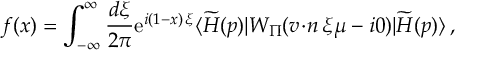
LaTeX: f ( x ) = \int _ { - \infty } ^ { \infty } \frac { d \xi } { 2 \pi } \mathrm { e } ^ { i ( 1 - x ) \, \xi } \langle \widetilde { H } ( p ) | W _ { \scriptstyle \Pi } ( { v \! \cdot \! n } \, \xi \mu - i 0 ) | \widetilde { H } ( p ) \rangle \, ,